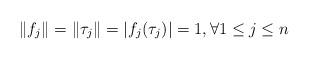
LaTeX: \begin{align*}\|f_j\|= \|\tau_j\|=|f_j(\tau_j)|=1, \forall 1\leq j \leq n\end{align*}